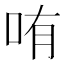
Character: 哊